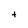
Character: t